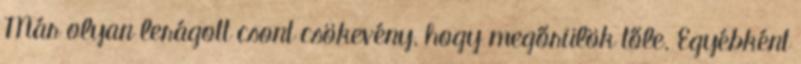
Már olyan lerágott csont csökevény, hogy megőrülök tőle. Egyébként